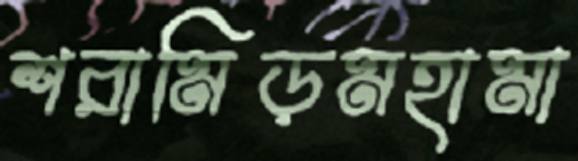
শরামিড়মহামা